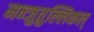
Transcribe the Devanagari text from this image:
मन्जुतुल्लिकल्